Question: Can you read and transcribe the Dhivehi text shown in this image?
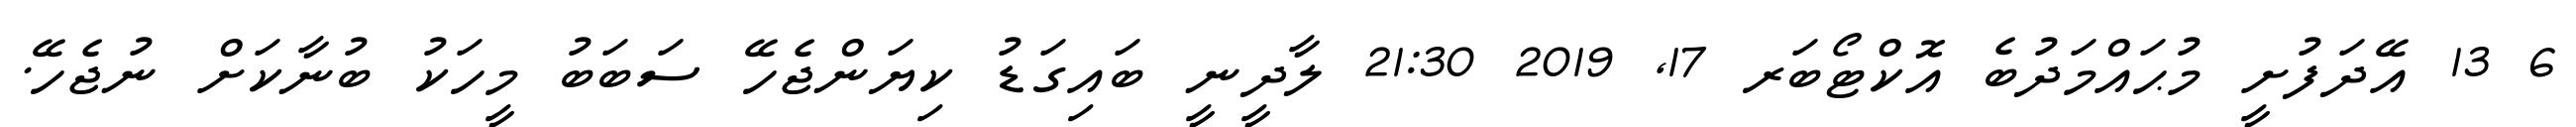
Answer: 6 13 އޭދަފުށީ މުޙައްމަދުބެ އޮކްޓޯބަރ 17, 2019 21:30 ލާދީނީ ބައިގަޑު ކިޔަންޖެހޭ ސަބަބު މީހަކު ބުނާކަށް ނުޖެހޭ.